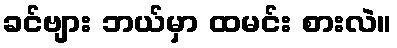
ခင်ဗျား ဘယ်မှာ ထမင်း စားလဲ။